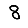
Digit: 8